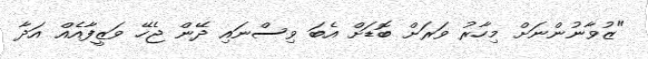
"ޒުވާނުންނަށް މިހާރު ވަރަށް ބޮޑަށް އެބަ ވިސްނައި ދޭން ޖެހޭ ވަޒީފާއެއް އަދާ